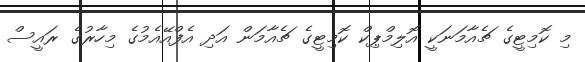
މި ކޮމިޓީގެ ޗެއާމަނަކީ އޮލިމްޕިކް ކޮމިޓީގެ ޗެއާމަން އަދި އެފްއޭއެމުގެ މިހާރުގެ ރައީސް